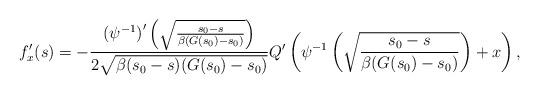
LaTeX: \begin{align*}f^{\prime}_x(s)=-\frac{{(\psi^{-1})}^{\prime}\left(\sqrt{\frac{s_0-s}{\beta(G(s_0)-s_0)}}\right)}{2\sqrt{\beta(s_0-s)(G(s_0)-s_0)}}Q^{\prime}\left(\psi^{-1}\left(\sqrt{\frac{s_0-s}{\beta(G(s_0)-s_0)}}\right)+x\right),\end{align*}